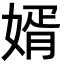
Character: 婿